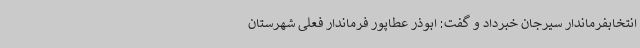
انتخابفرماندار سیرجان خبرداد و گفت: ابوذر عطاپور فرماندار فعلی شهرستان